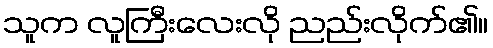
သူက လူကြီးလေးလို ညည်းလိုက်၏။